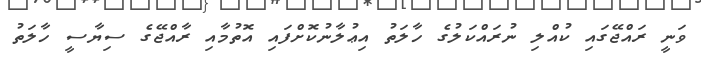
ވަނީ ރައްޖޭގައި ކުއްލި ނުރައްކަލުގެ ހާލަތު އިޢުލާނުކޮށްފައި އޮތުމާއި ރާއްޖޭގެ ސިޔާސީ ހާލަތު